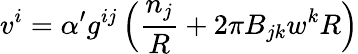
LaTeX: v^{i}=\alpha^{\prime}g^{ij}\left(\frac{n_{j}}{R}+2\pi B_{jk}w^{k}R\right)